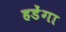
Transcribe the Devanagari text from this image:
हडेंगा